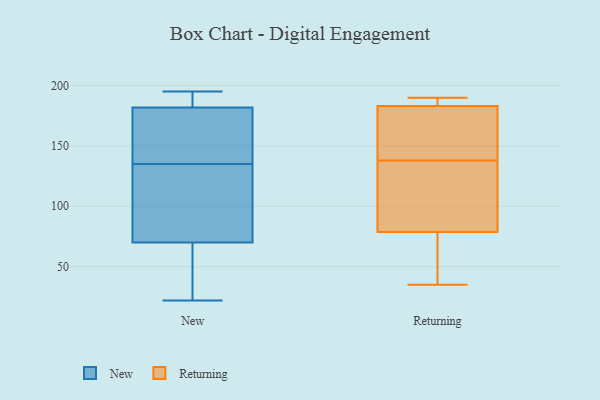
{"axis": {"x": "Satisfaction Score", "y": "Value"}, "legend": ["New", "Returning"], "data": [{"x": "", "y": 192, "type": "New"}, {"x": "", "y": 97, "type": "New"}, {"x": "", "y": 179, "type": "New"}, {"x": "", "y": 191, "type": "New"}, {"x": "", "y": 187, "type": "New"}, {"x": "", "y": 37, "type": "New"}, {"x": "", "y": 135, "type": "New"}, {"x": "", "y": 195, "type": "New"}, {"x": "", "y": 135, "type": "New"}, {"x": "", "y": 81, "type": "New"}, {"x": "", "y": 32, "type": "New"}, {"x": "", "y": 22, "type": "New"}, {"x": "", "y": 112, "type": "New"}, {"x": "", "y": 180, "type": "New"}, {"x": "", "y": 22, "type": "New"}, {"x": "", "y": 165, "type": "New"}, {"x": "", "y": 116, "type": "New"}, {"x": "", "y": 190, "type": "Returning"}, {"x": "", "y": 86, "type": "Returning"}, {"x": "", "y": 116, "type": "Returning"}, {"x": "", "y": 38, "type": "Returning"}, {"x": "", "y": 171, "type": "Returning"}, {"x": "", "y": 181, "type": "Returning"}, {"x": "", "y": 111, "type": "Returning"}, {"x": "", "y": 190, "type": "Returning"}, {"x": "", "y": 35, "type": "Returning"}, {"x": "", "y": 141, "type": "Returning"}, {"x": "", "y": 189, "type": "Returning"}, {"x": "", "y": 138, "type": "Returning"}, {"x": "", "y": 57, "type": "Returning"}]}